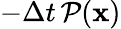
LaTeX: -\Delta t\, \mathcal{P}(\mathbf{x})